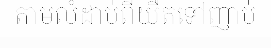
តាមលំដាប់ពីយឺតទៅញាប់